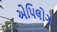
એપિલોગ